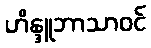
ဟိန္ဒူဘာသာဝင်